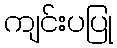
ကျင်းပပြု